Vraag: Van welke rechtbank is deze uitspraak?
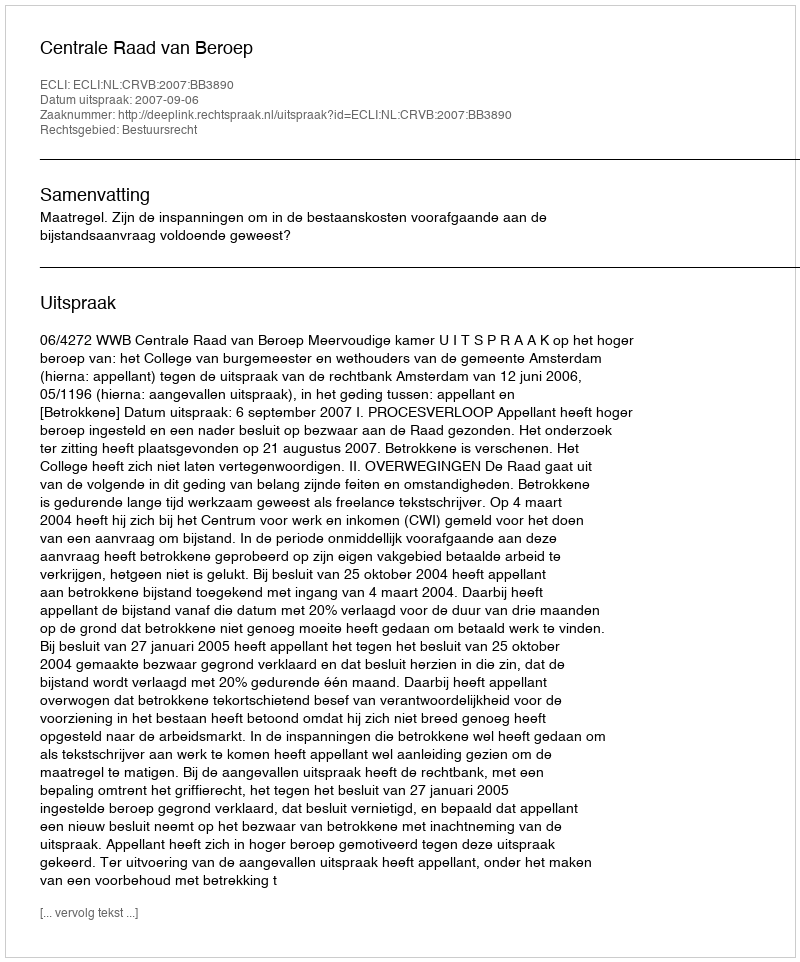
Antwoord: Centrale Raad van Beroep